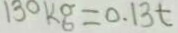
1 3 0 k g = 0 . 1 3 t